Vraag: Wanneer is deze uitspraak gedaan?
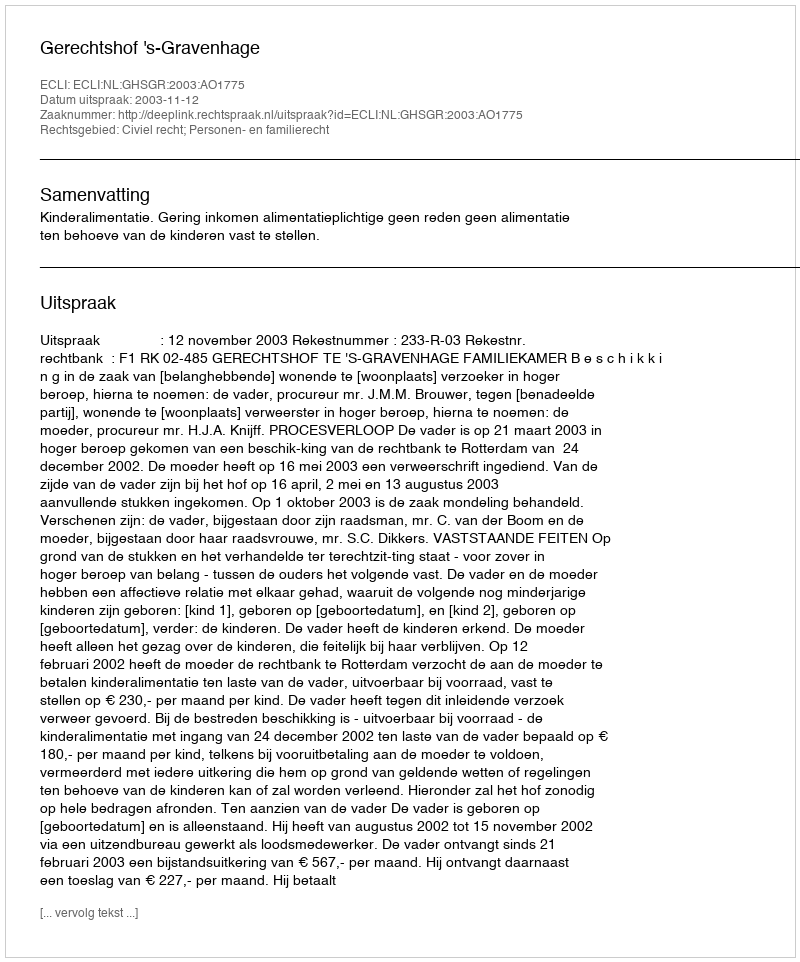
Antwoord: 2003-11-12